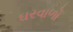
ઘરવાળો